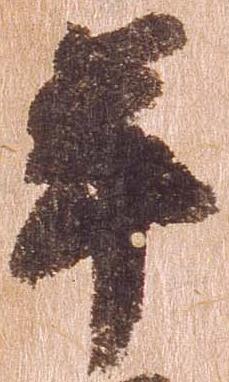
年